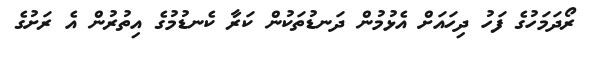
ރޯދަމަހުގެ ފަހު ދިހައަށް އެޅުމުން ދަނޑުތަކުން ކަރާ ކެނޑުމުގެ އިތުރުން އެ ރަށުގެ